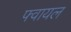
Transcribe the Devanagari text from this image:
फ्वायल